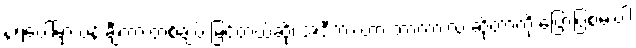
နံရံပေါ်မှာ ပန်းချီကားတစ်ချပ် မြင်တယ်ဆို၊ အဲဒီကားဟာ ဘာကားလဲ ဆိုတာကို ပြောပြစမ်းပါ